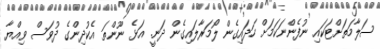
ސަލާމަތަށްޓަކައި ނުފެންނަކަމަށް ހަދައިގެން ލޯމަރާލައިގެން ދަނީ. އަޅެ ނޫންތަ އެކުދިންގެ ދުވަސް ވިއްޔާ